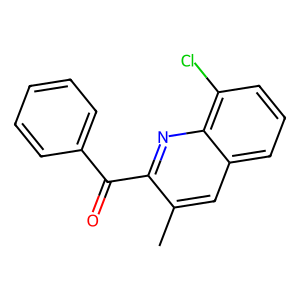
SMILES: Cc1cc2cccc(Cl)c2nc1C(=O)c1ccccc1
Inhibits HIV replication: No